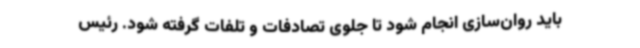
باید روان‌سازی انجام شود تا جلوی تصادفات و تلفات گرفته شود. رئیس